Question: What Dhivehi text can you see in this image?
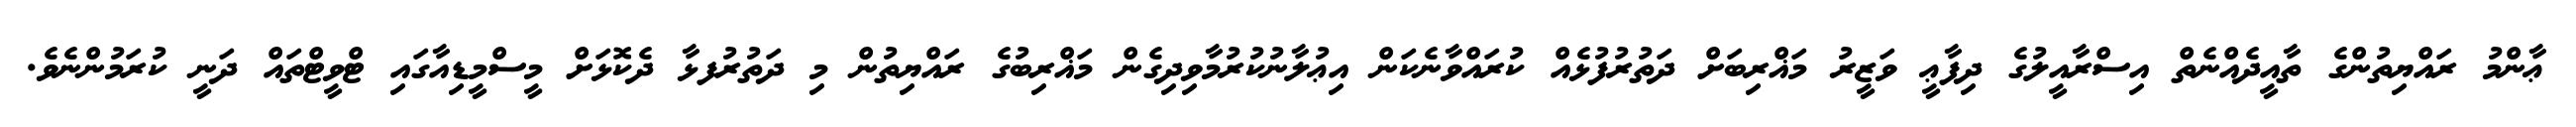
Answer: ޢާންމު ރައްޔިތުންގެ ތާއީދެއްނެތް އިސްރާއީލުގެ ދިފާޢީ ވަޒީރު މަޣްރިބަށް ދަތުރުފުޅެއް ކުރައްވާނެކަން އިޢުލާނުކުރުމާވިދިގެން މަޣްރިބުގެ ރައްޔިތުން މި ދަތުރުފޅާ ދެކޮޅަށް މީސްމީޑިއާގައި ޓްވީޓްތައް ދަނީ ކުރަމުންނެވެ.